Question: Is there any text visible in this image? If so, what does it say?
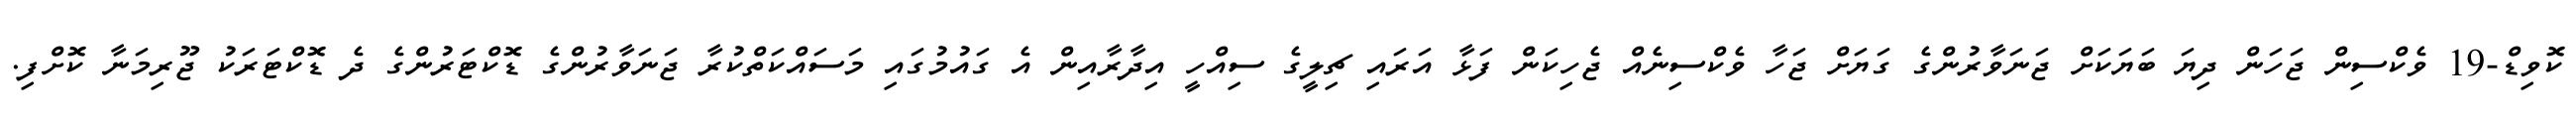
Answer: ކޮވިޑް-19 ވެކްސިން ޖަހަން ދިޔަ ބަޔަކަށް ޖަނަވާރުންގެ ގަޔަށް ޖަހާ ވެކްސިނެއް ޖެހިކަން ފަޅާ އަރައި ޗިލީގެ ސިއްހީ އިދާރާއިން އެ ގައުމުގައި މަސައްކަތްކުރާ ޖަނަވާރުންގެ ޑޮކްޓަރުންގެ ދެ ޑޮކްޓަރަކު ޖޫރިމަނާ ކޮށްފި.